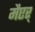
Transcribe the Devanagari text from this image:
मैएर्